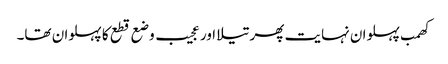
کھمب پہلوان نہایت پھرتیلا اور عجیب وضع قطع کا پہلوان تھا۔